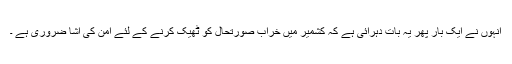
انہوں نے ایک بار پھر یہ بات دہرائی ہے کہ کشمیر میں خراب صورتحال کو ٹھیک کرنے کے لئے امن کی آشا ضروری ہے ۔